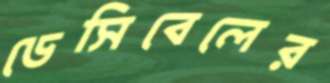
ডেসিবেলের